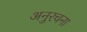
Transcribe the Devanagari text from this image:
अनुरचना